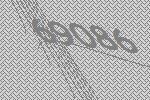
69086